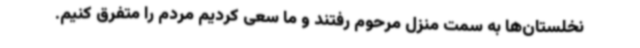
نخلستان‌ها به سمت منزل مرحوم رفتند و ما سعی کردیم مردم را متفرق کنیم.